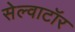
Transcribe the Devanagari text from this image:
सेल्वाटॉर